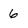
Character: 6